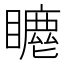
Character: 𥋦